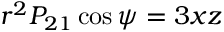
r ^ { 2 } P _ { 2 1 } \cos \psi = 3 x z